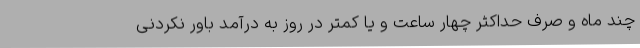
چند ماه و صرف حداکثر چهار ساعت و یا کمتر در روز به درآمد باور نکردنی